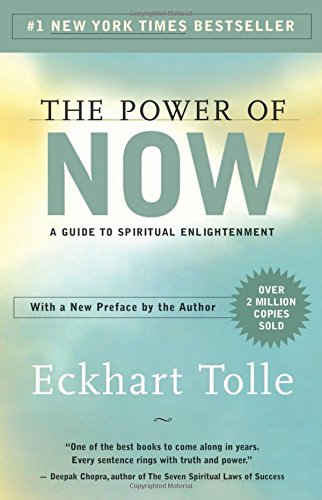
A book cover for The Power of Now: A Guide to Spiritual Enlightenment; Eckhart Tolle; Self-Help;